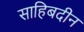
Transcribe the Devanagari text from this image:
साहिबदीन